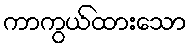
ကာကွယ်ထားသော